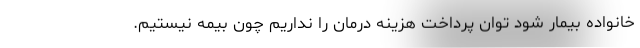
خانواده بیمار شود توان پرداخت هزینه درمان را نداریم چون بیمه نیستیم.